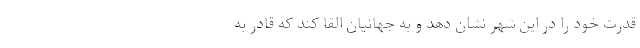
قدرت خود را در این شهر نشان دهد و به جهانیان القا کند که قادر به